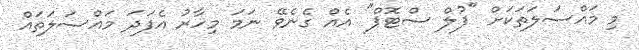
މި މައްސަލަތަކަށް "ފުލް ސްޓޮޕް" އެއް ގެނެވޭ ނަމަ މިހާރު އެފަދަ މައްސަލަތައް